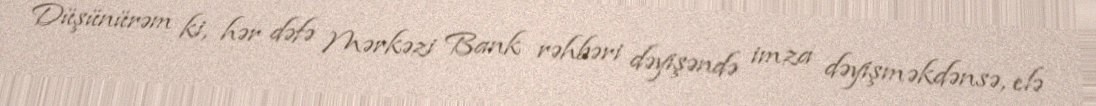
Düşünürəm ki, hər dəfə Mərkəzi Bank rəhbəri dəyişəndə imza dəyişməkdənsə, elə